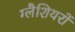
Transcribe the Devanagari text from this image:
ग्लैशियरों